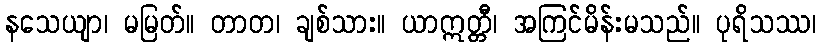
နသေယျာ၊ မမြတ်။ တာတ၊ ချစ်သား။ ယာဣတ္တီ၊ အကြင်မိန်းမသည်။ ပုရိသဿ၊